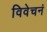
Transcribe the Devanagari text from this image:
विवेचनं